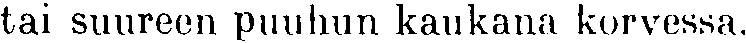
tai suureen puuhun kaukana korvessa.